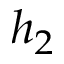
h _ { 2 }